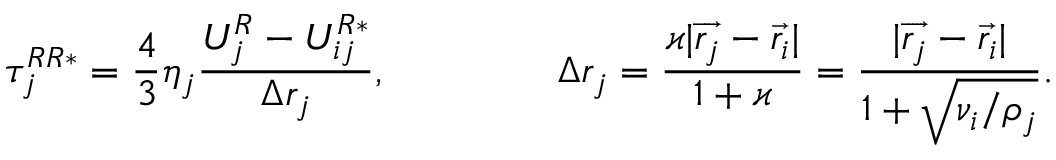
\tau _ { j } ^ { R R * } = \frac { 4 } { 3 } \eta _ { j } \frac { U _ { j } ^ { R } - U _ { i j } ^ { R * } } { \Delta r _ { j } } , \quad \mathrm { ~ г ~ д ~ е ~ } \quad \Delta r _ { j } = \frac { \varkappa | \overrightarrow { r _ { j } } - \overrightarrow { r _ { i } } | } { 1 + \varkappa } = \frac { | \overrightarrow { r _ { j } } - \overrightarrow { r _ { i } } | } { 1 + \sqrt { \nu _ { i } / \rho _ { j } } } .